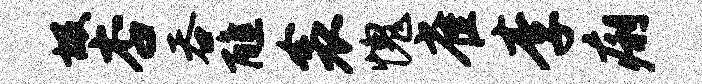
圾杏吞醮衾愧雀李痢